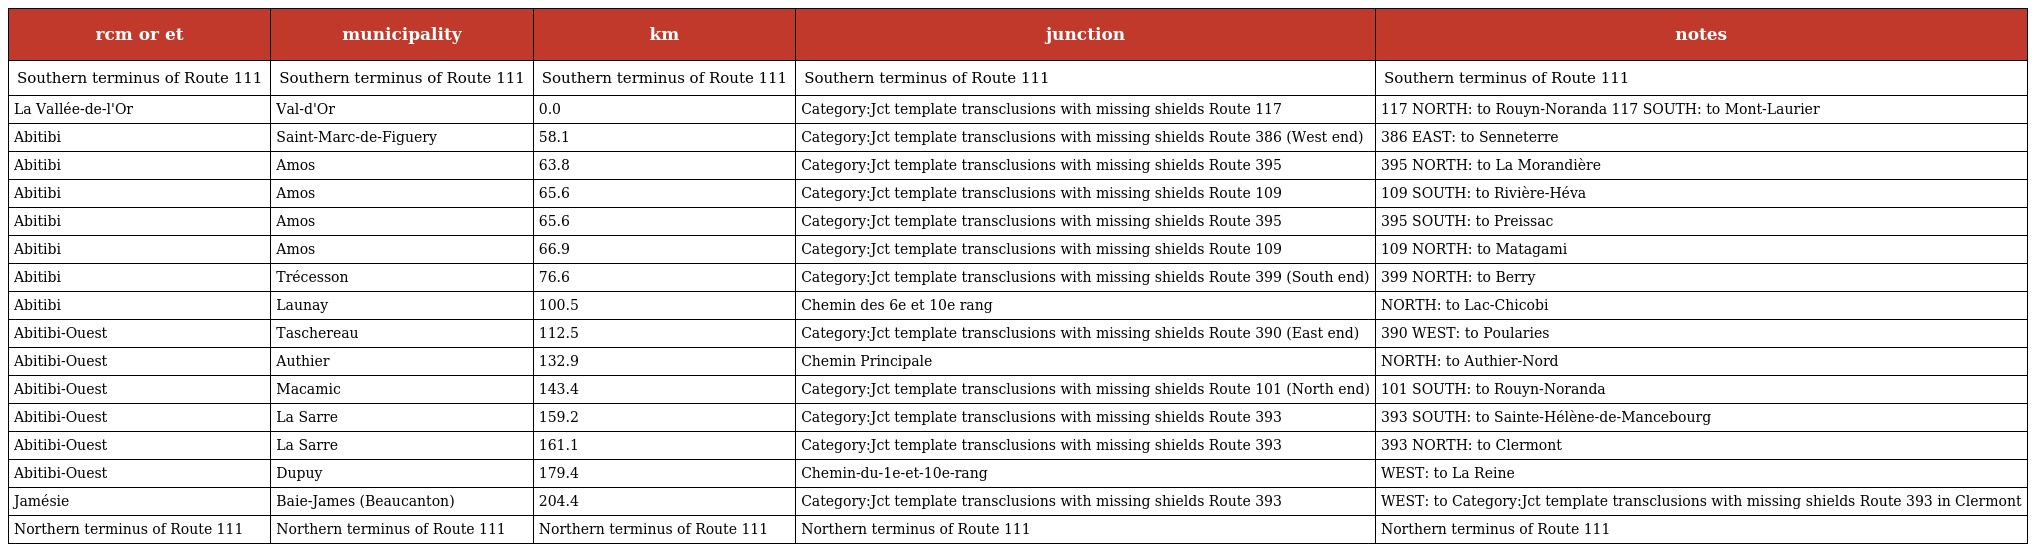
| rcm or et | municipality | km | junction | notes |
 | --- | --- | --- | --- | --- |
 | Southern terminus of Route 111 | Southern terminus of Route 111 | Southern terminus of Route 111 | Southern terminus of Route 111 | Southern terminus of Route 111 |
 | La Vallée-de-l'Or | Val-d'Or | 0.0 | Category:Jct template transclusions with missing shields Route 117 | 117 NORTH: to Rouyn-Noranda 117 SOUTH: to Mont-Laurier |
 | Abitibi | Saint-Marc-de-Figuery | 58.1 | Category:Jct template transclusions with missing shields Route 386 (West end) | 386 EAST: to Senneterre |
 | Abitibi | Amos | 63.8 | Category:Jct template transclusions with missing shields Route 395 | 395 NORTH: to La Morandière |
 | Abitibi | Amos | 65.6 | Category:Jct template transclusions with missing shields Route 109 | 109 SOUTH: to Rivière-Héva |
 | Abitibi | Amos | 65.6 | Category:Jct template transclusions with missing shields Route 395 | 395 SOUTH: to Preissac |
 | Abitibi | Amos | 66.9 | Category:Jct template transclusions with missing shields Route 109 | 109 NORTH: to Matagami |
 | Abitibi | Trécesson | 76.6 | Category:Jct template transclusions with missing shields Route 399 (South end) | 399 NORTH: to Berry |
 | Abitibi | Launay | 100.5 | Chemin des 6e et 10e rang | NORTH: to Lac-Chicobi |
 | Abitibi-Ouest | Taschereau | 112.5 | Category:Jct template transclusions with missing shields Route 390 (East end) | 390 WEST: to Poularies |
 | Abitibi-Ouest | Authier | 132.9 | Chemin Principale | NORTH: to Authier-Nord |
 | Abitibi-Ouest | Macamic | 143.4 | Category:Jct template transclusions with missing shields Route 101 (North end) | 101 SOUTH: to Rouyn-Noranda |
 | Abitibi-Ouest | La Sarre | 159.2 | Category:Jct template transclusions with missing shields Route 393 | 393 SOUTH: to Sainte-Hélène-de-Mancebourg |
 | Abitibi-Ouest | La Sarre | 161.1 | Category:Jct template transclusions with missing shields Route 393 | 393 NORTH: to Clermont |
 | Abitibi-Ouest | Dupuy | 179.4 | Chemin-du-1e-et-10e-rang | WEST: to La Reine |
 | Jamésie | Baie-James (Beaucanton) | 204.4 | Category:Jct template transclusions with missing shields Route 393 | WEST: to Category:Jct template transclusions with missing shields Route 393 in Clermont |
 | Northern terminus of Route 111 | Northern terminus of Route 111 | Northern terminus of Route 111 | Northern terminus of Route 111 | Northern terminus of Route 111 |